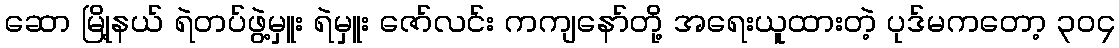
ဆော မြို့နယ် ရဲတပ်ဖွဲ့မှူး ရဲမှူး ဇော်လင်း ကကျနော်တို့ အရေးယူထားတဲ့ ပုဒ်မကတော့ ၃၀၄